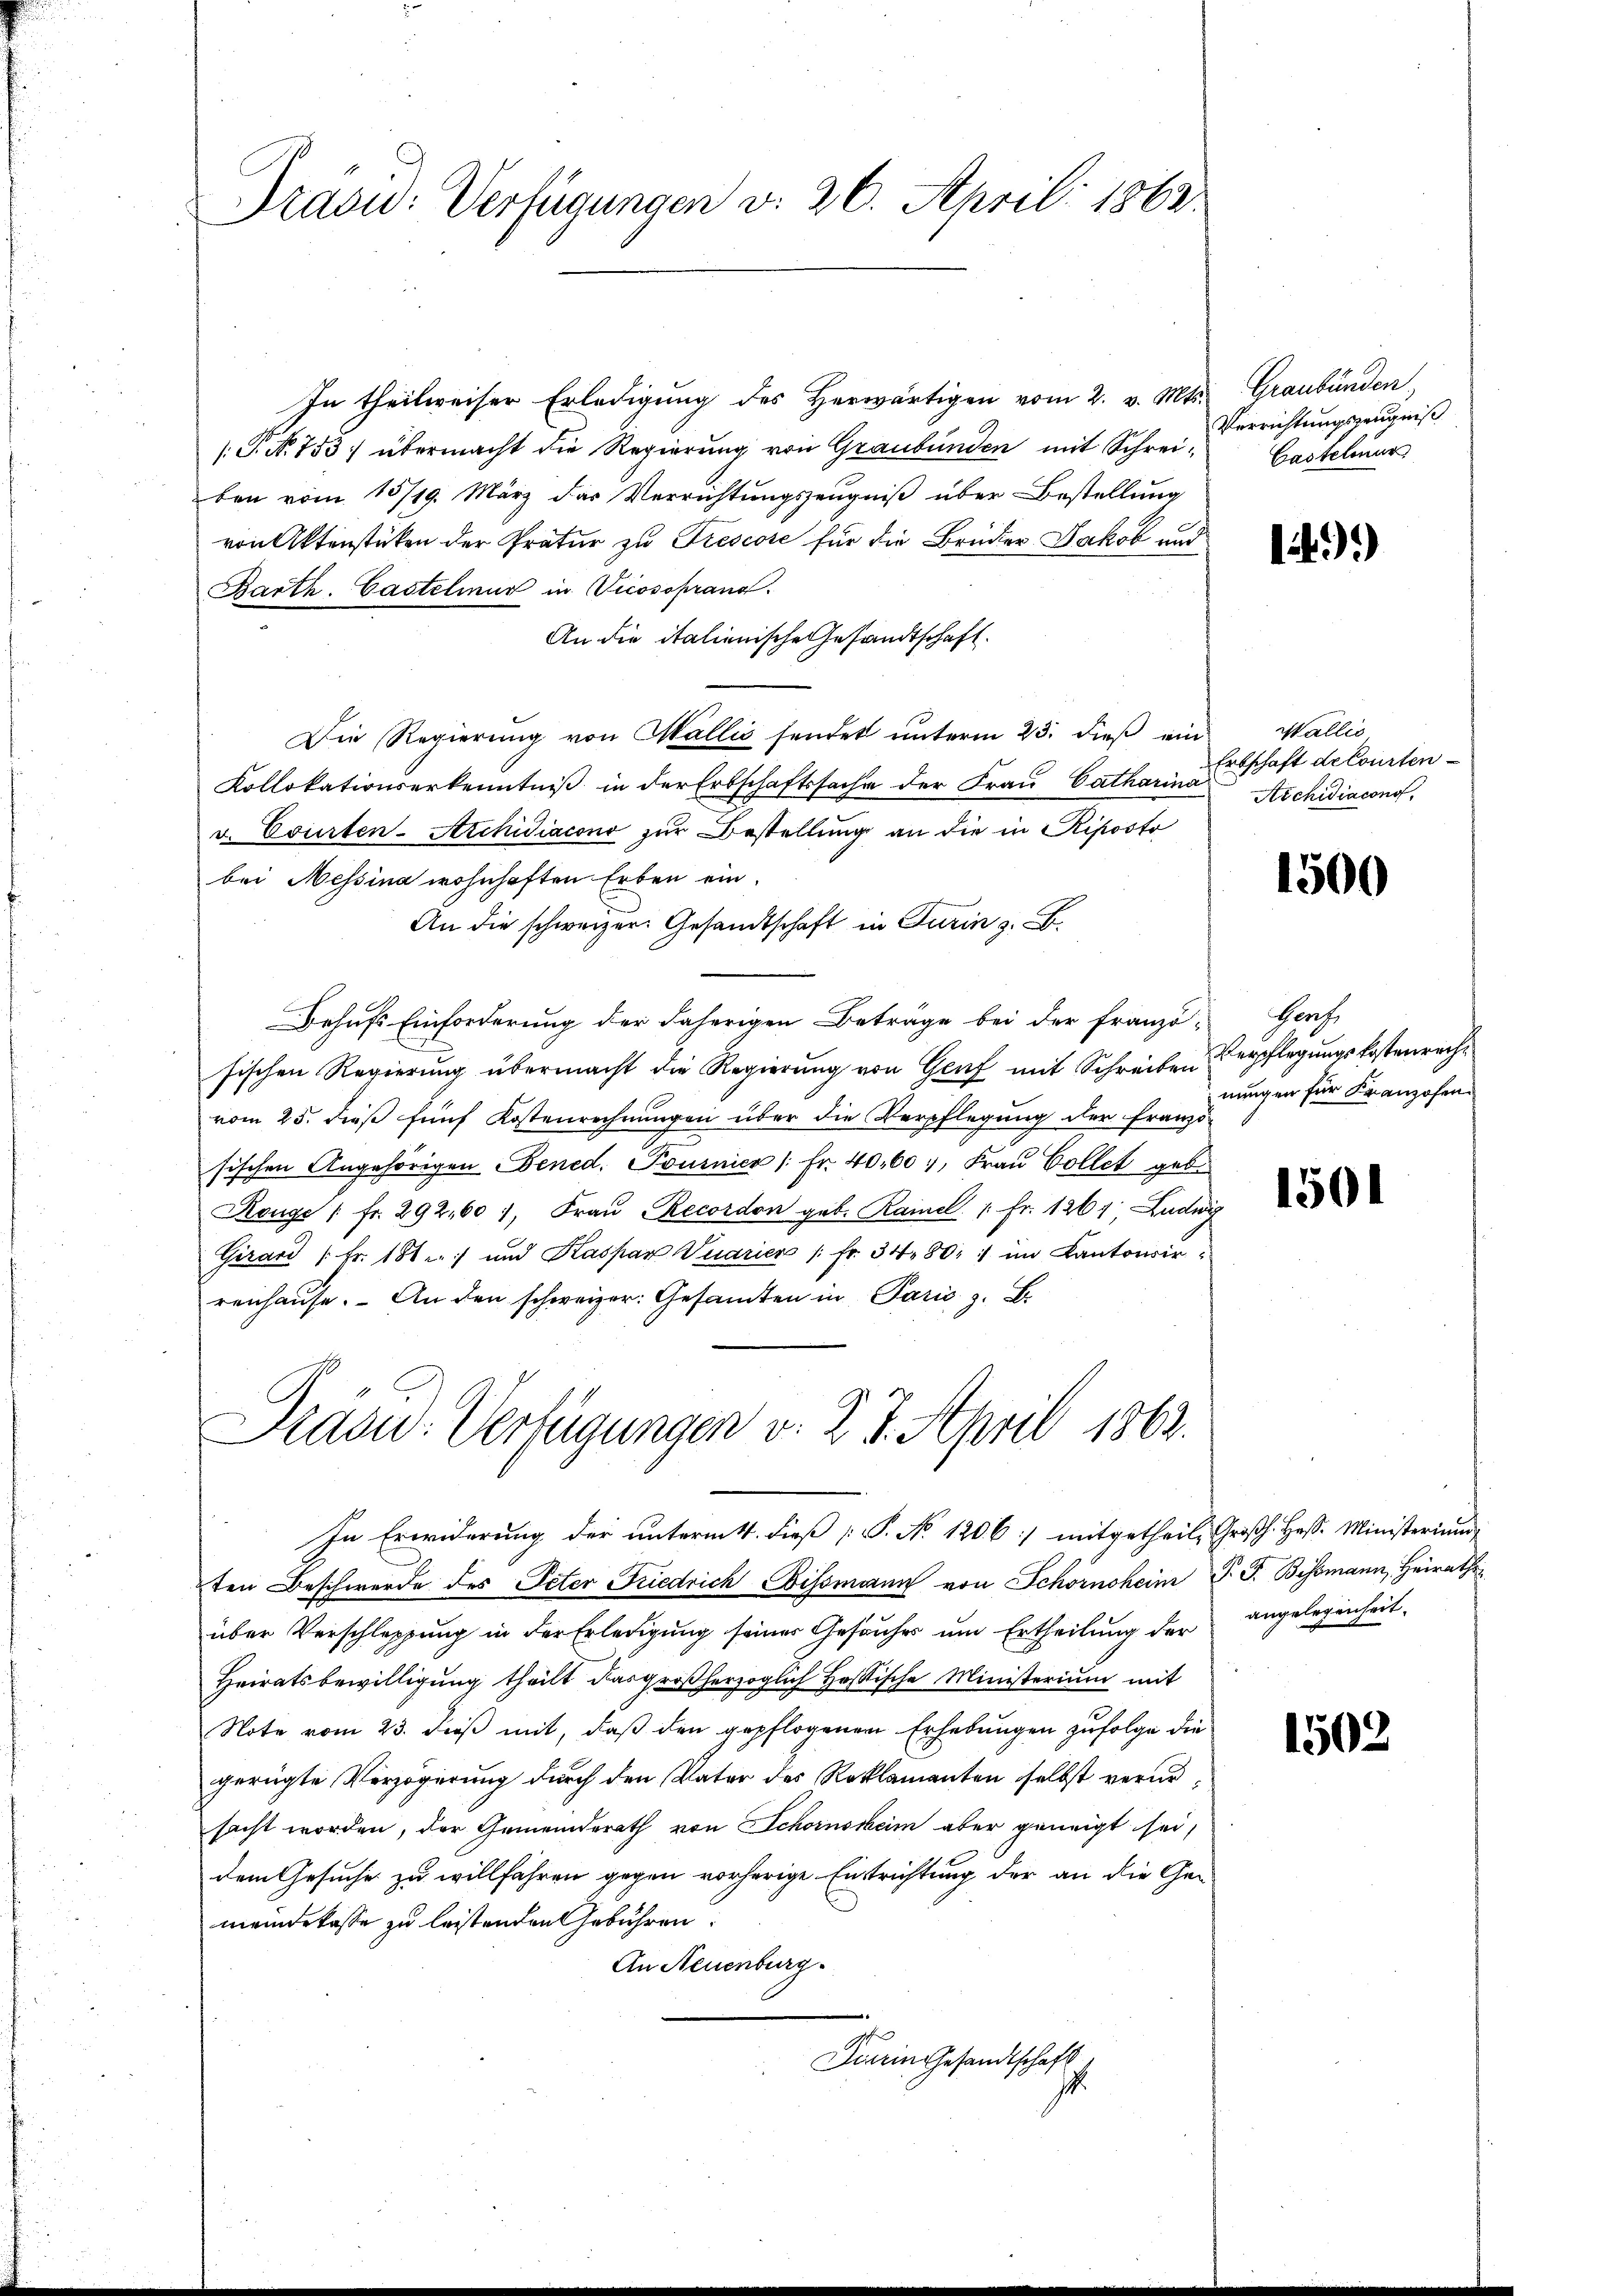
In theilweiser Erledigung des Herwärtigen vom 2. v. Mts.
.P. Nr. 753 übermacht die Regierung von Graubünden mit Schrei- Verrichtungszeugniß
ben vom 15/19. März das Verrichtungszeugniß über Bestellung
von Aktenstücken der Pratur zu Trescose für die Brüder Jakob und
Barth. Casteliur in Vicosoprang.
An die italienische Gesandtschaft.
Die Regierŭng von Wallis sendet unterm 23. dieβ ein
Kollokationserkenntniß in der Erbschaftssache der Frau Catharina
v. Courten-Archidiacono zur Bestellung an die in Riposto
bei Messina wohnhaften Erben ein.
An die schweizer. Gesandtschaft in Turin z. B.
Behufs Einforderung der daherigen Beträge bei der Franzö- Genf
sischen Regierung übermacht die Regierung von Genf mit Schreiben
vom 25. dieß fünf Kostenrechnungen über die Verpflegung der Franzö-
sischen Angehörigen Bened. Pournier /: Fr. 40,607, Frau Collet geb.
Reuge (fr. 292,601, Frau Recordon geb. Rainel " fr. 126, Ludwig
Girard [Fr. 181 :/ und Kaspar Vuarien /: fr. 3480. 1 im Kantonsir
renhause. An den schweizer. Gesamten in Paris z. B.

Tradid: Verfügungen v. 26. April 1862

Dradu-Verfügungen v. 2. 3. April 1862.

Graubünden,
Castelour

In Erwiderung der unterm 11. dieß P. No 1206 :/ mitgetheil, Großh. Hess. Ministerium
ten Beschwerde des Peter Friedrich Eissmann von Schornsheim P. J. Bismann, Heirath
über Verschleppung in der Erledigung seiner Gesuches um Ertheilung der angelegenheit
Heiratsbewilligung theilt das großherzoglich Heßische Ministerium mit
Note vom 23. dieß mit, daß den gepflogenen Erhebungen zufolge die
gerügte Verzögerung durch den Vater des Reklamanten selbst verursacht worden, der Gemeinderath von Schornstheim aber geneigt sei,
dem Gesuche zu willfahren gegen vorherige Entrichtung der an die Ge-
meindekasse zu leistenden Gebühren.
An Neuenburg.
Darin Gesandtschaft
.

149)

Wallis
Erbschaft de Courten
Archidiacono

1500

Verpflegungskostenreche
nungen für Franzosen

1501

1502